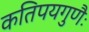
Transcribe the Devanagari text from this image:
कतिपयगुणैः